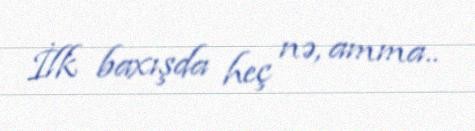
İlk baxışda heç nə, amma..